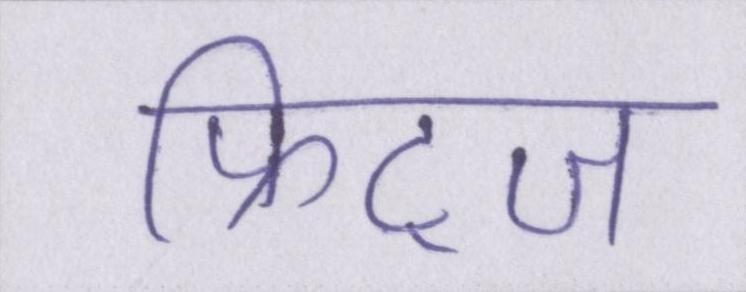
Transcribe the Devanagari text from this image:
फ्रिट्ज